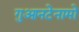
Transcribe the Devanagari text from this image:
गुआनटेनामो